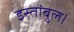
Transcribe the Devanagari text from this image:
इस्तांबुल।